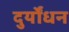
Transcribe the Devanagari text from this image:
दुर्योंधन